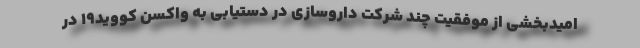
امیدبخشی از موفقیت چند شرکت داروسازی در دستیابی به واکسن کووید۱۹ در